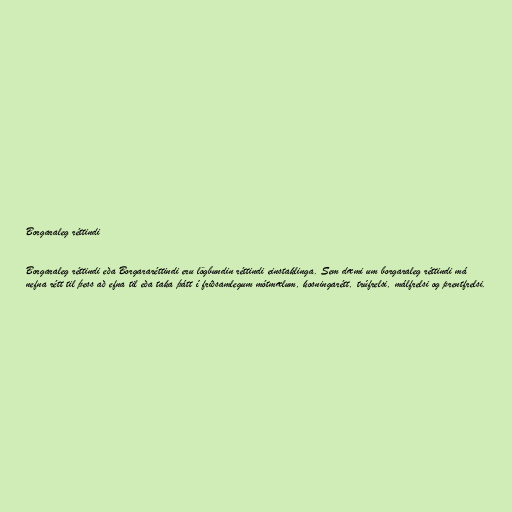
Borgaraleg réttindi

Borgaraleg réttindi eða Borgararéttindi eru lögbundin réttindi einstaklinga. Sem dæmi um borgaraleg réttindi má
nefna rétt til þess að efna til eða taka þátt í friðsamlegum mótmælum, kosningarétt, trúfrelsi, málfrelsi og prentfrelsi.